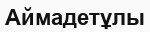
Аймадетұлы